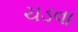
ચડવા